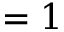
= 1